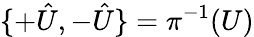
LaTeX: \{ +\hat{U},-\hat{U}\} =\pi^{-1}(U)